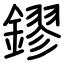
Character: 鏐